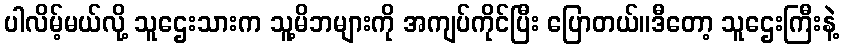
ပါလိမ့်မယ်လို့ သူဌေးသားက သူ့မိဘများကို အကျပ်ကိုင်ပြီး ပြောတယ်။ဒီတော့ သူဌေးကြီးနဲ့